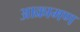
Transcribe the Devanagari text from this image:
आक्रामण